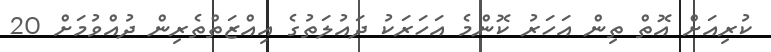
ކުރިއަށް އޮތް ތިން އަހަރު ކޮންމެ އަހަރަކު ދައުލަތުގެ އިއްޒަތްތެރިން ދުއްވުމަށް 20